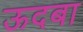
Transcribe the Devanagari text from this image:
ऊदबा